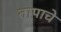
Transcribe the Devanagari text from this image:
तापाचे